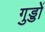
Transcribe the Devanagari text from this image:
गुड्डों